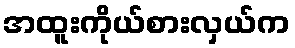
အထူးကိုယ်စားလှယ်က